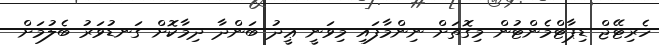
ހެރިޓޭޖް ޑިޕާޓްމެންޓުން މިގޮތަށް ނިންމާފައި މިވަނީ ޢީދު ބަންދާ ދިމާކޮށް ގަނޑުވަރު ބެލުމަށް